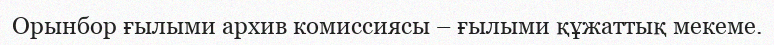
Орынбор ғылыми архив комиссиясы – ғылыми құжаттық мекеме.